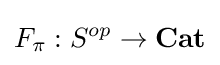
F_{\pi }:S^{op}\to {\textbf {Cat}}